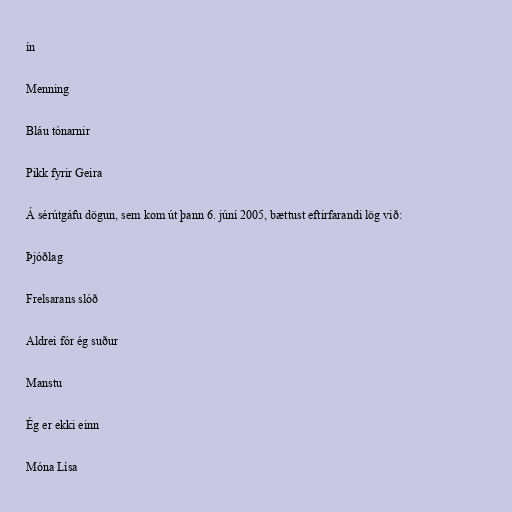
ín

Menning

Bláu tónarnir

Pikk fyrir Geira

Á sérútgáfu dögun, sem kom út þann 6. júní 2005, bættust eftirfarandi lög við:

Þjóðlag

Frelsarans slóð

Aldrei fór ég suður

Manstu

Ég er ekki einn

Móna Lísa